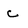
Character: c